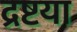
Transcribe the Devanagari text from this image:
द्रष्टया